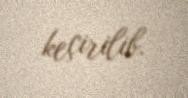
keçirilib.